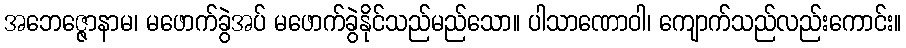
အဘေဇ္ဇောနာမ၊ မဖောက်ခွဲအပ် မဖောက်ခွဲနိုင်သည်မည်သော။ ပါသာဏောဝါ၊ ကျောက်သည်လည်းကောင်း။